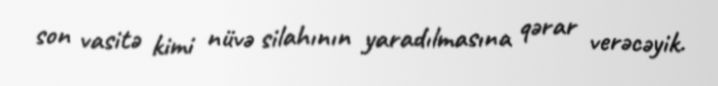
son vasitə kimi nüvə silahının yaradılmasına qərar verəcəyik.